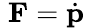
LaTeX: \; \mathbf{F}={\dot{\mathbf{p}}}